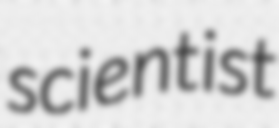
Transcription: scientist